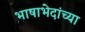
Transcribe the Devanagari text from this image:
भाषाभेदांच्या